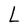
Character: L